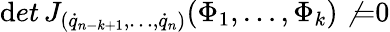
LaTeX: \mathrm{d}et\, J_{({\dot{{q}}}_{n-k+1},\dots,{\dot{{q}}}_{n})}(\Phi_{1},\dots,\Phi_{k})\not{=}0